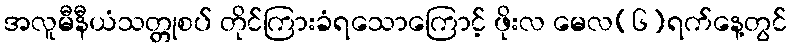
အလူမီနီယံသတ္တုစပ် တိုင်ကြားခံရသောကြောင့် ဖိုးလ မေလ(၆)ရက်နေ့တွင်